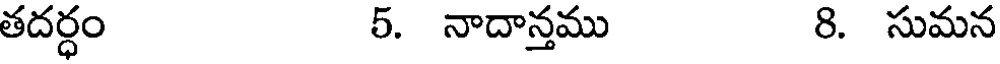
తదర్ధం 5. నాదాన్తము 8. సుమన